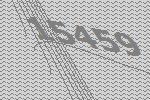
15459